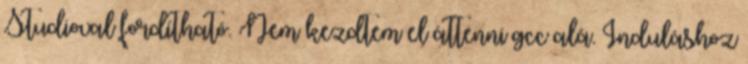
Studioval fordítható. Nem kezdtem el áttenni gcc alá. Induláshoz